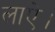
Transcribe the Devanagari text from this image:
लाऐ।